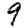
Digit: 9